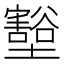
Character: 𭐋